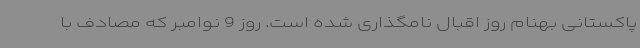
پاکستانی بهنام روز اقبال نامگذاری شده است. روز 9 نوامبر که مصادف با